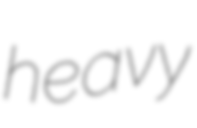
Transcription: heavy